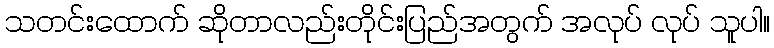
သတင်းထောက် ဆိုတာလည်းတိုင်းပြည်အတွက် အလုပ် လုပ် သူပါ။